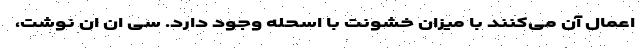
اعمال آن می‌کنند با میزان خشونت با اسحله وجود دارد. سی ان ان نوشت،